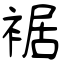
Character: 裾